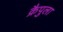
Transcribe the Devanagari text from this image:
क्रैपुला